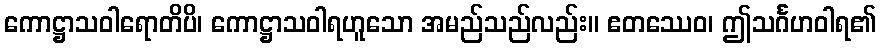
ကောဋ္ဌာသဝါရောတိပိ၊ ကောဋ္ဌာသဝါရဟူသော အမည်သည်လည်း။ ဧတဿေဝ၊ ဤသင်္ဂဟဝါရ၏